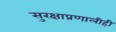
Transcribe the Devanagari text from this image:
सुरक्षाप्रणालीही